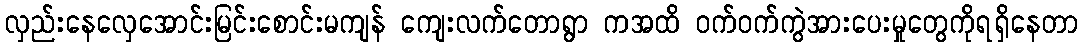
လှည်းနေလှေအောင်းမြင်းစောင်းမကျန် ကျေးလက်တောရွာ ကအထိ ဝက်ဝက်ကွဲအားပေးမှုတွေကိုရရှိနေတာ